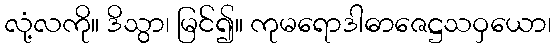
လုံ့လကို။ ဒိသွာ၊ မြင်၍။ ကုမရောဒါဓာဇေဋ္ဌသဝှယော၊